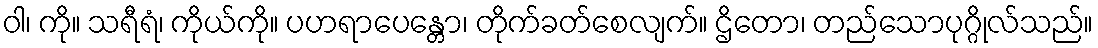
ဝါ၊ ကို။ သရီရံ၊ ကိုယ်ကို။ ပဟရာပေန္တော၊ တိုက်ခတ်စေလျက်။ ဌိတော၊ တည်သောပုဂ္ဂိုလ်သည်။